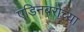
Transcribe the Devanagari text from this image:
एडिनबरोच्या